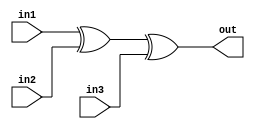
/*
    CS/ECE 552 Spring '23
    Homework #1, Problem 2

    3 input XOR
*/
`default_nettype none
module xor3 (out,in1,in2,in3);
   output wire out;
   input wire in1,in2,in3;
   assign out = in1 ^ in2 ^ in3;
endmodule
`default_nettype wire